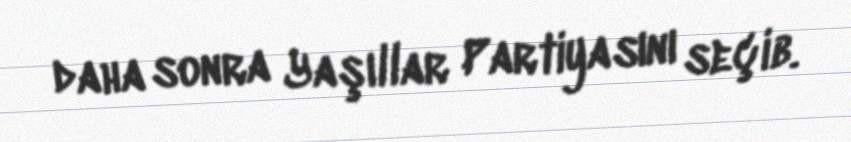
daha sonra Yaşıllar Partiyasını seçib.